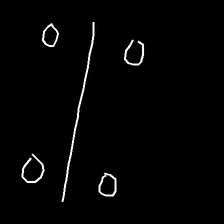
Glyph: cool